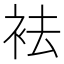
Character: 袪